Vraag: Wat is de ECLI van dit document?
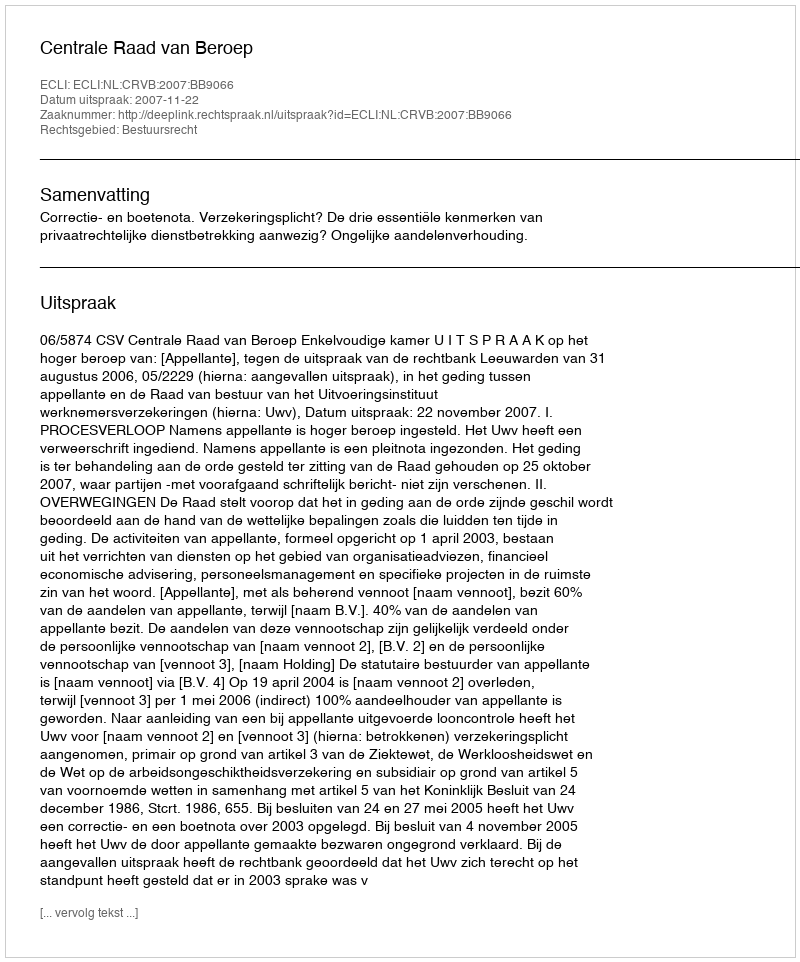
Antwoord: ECLI:NL:CRVB:2007:BB9066